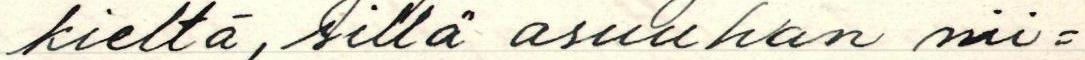
kieltä, sillä asuuhan nii-